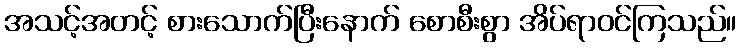
အသင့်အတင့် စားသောက်ပြီးနောက် စောစီးစွာ အိပ်ရာဝင်ကြသည်။